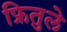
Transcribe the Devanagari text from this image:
फ्रितुले